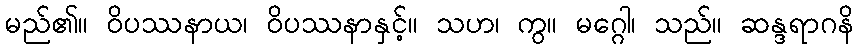
မည်၏။ ဝိပဿနာယ၊ ဝိပဿနာနှင့်။ သဟ၊ ကွ။ မဂ္ဂေါ၊ သည်။ ဆန္ဒရာဂနိ